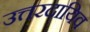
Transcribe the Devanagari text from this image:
उत्तरदायिव